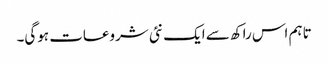
تاہم اس راکھ سے ایک نئی شروعات ہوگی۔